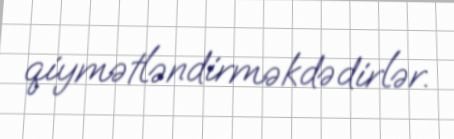
qiymətləndirməkdədirlər.